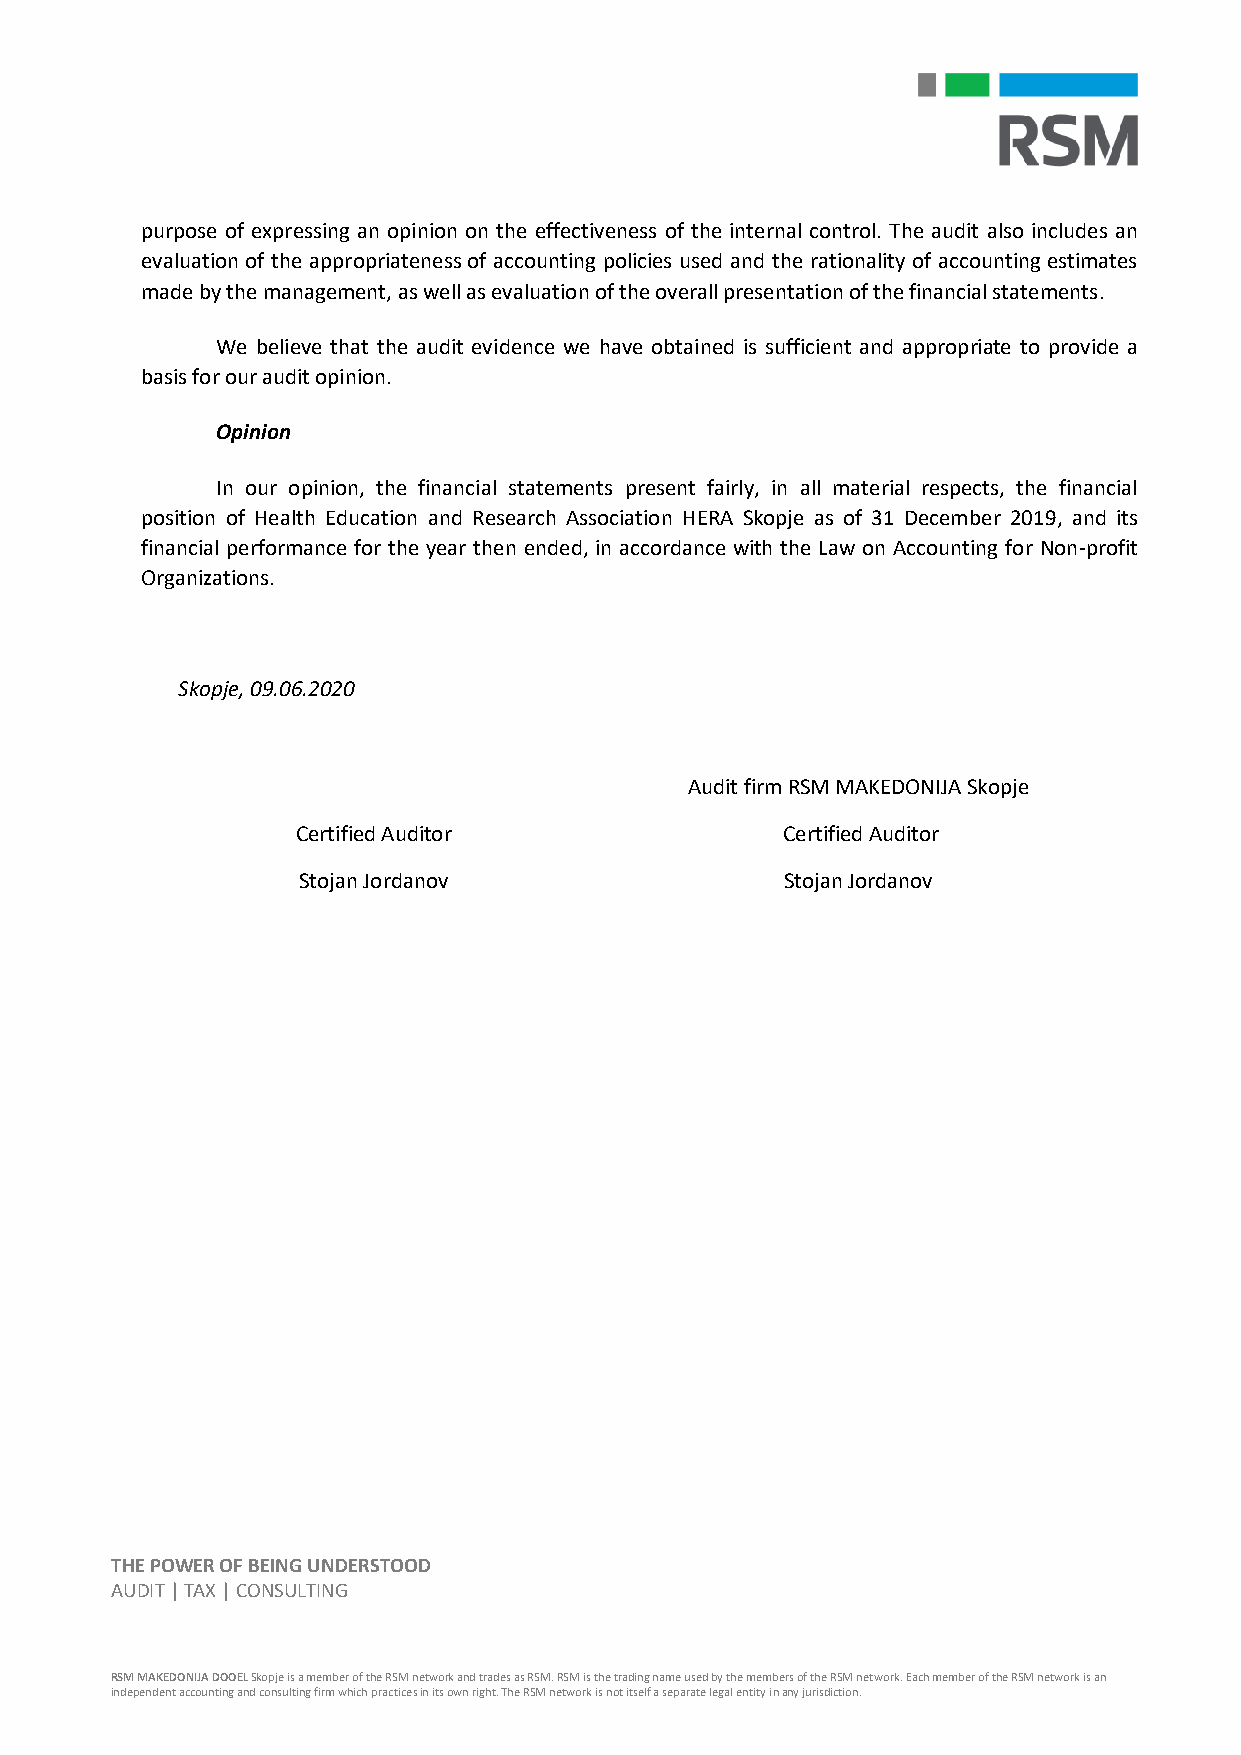
purpose of expressing an opinion on the effectiveness of the internal control. The audit also includes an
 evaluation of the appropriateness of accounting policies used and the rationality of accounting estimates
 made by the management, as well as evaluation of the overall presentation of the financial statements.
 We believe that the audit evidence we have obtained is sufficient and appropriate to provide a
 basis for our audit opinion.
 Opinion
 In our opinion, the financial statements present fairly, in all material respects, the financial
 position of Health Education and Research Association HERA Skopje as of 31 December 2019, and its
 financial performance for the year then ended, in accordance with the Law on Accounting for Non-profit
 Organizations.
 Skopje, 09.06.2020
 Audit firm RSM MAKEDONIJA Skopje
 Certified Auditor               Certified Auditor
 Stojan Jordanov                 Stojan Jordanov
 THE POWER OF BEING UNDERSTOOD
 AUDIT | TAX | CONSULTING
 RSM MAKEDONIJA DOOEL Skopje is a member of the RSM network and trades as RSM. RSM is the trading name used by the members of the RSM network. Each member of the RSM network is an
 independent accounting and consulting firm which practices in its own right. The RSM network is not itself a separate legal entity in any jurisdiction.